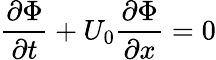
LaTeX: \frac{\partial\Phi}{\partial t}+U_{0}\frac{\partial\Phi}{\partial x}=0